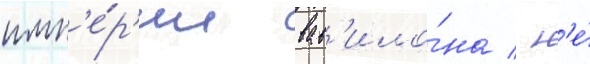
имп'е́р'ии вав'ило́на / н'е́